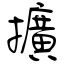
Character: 擴